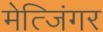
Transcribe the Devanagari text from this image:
मेत्जिंगर